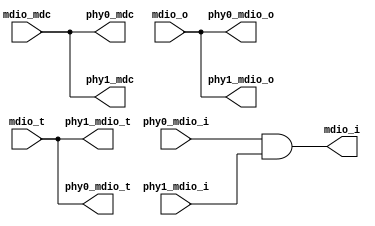
module mdio_1to2
    (input  wire mdio_mdc,
     input  wire mdio_o,
     input  wire mdio_t,
     output wire mdio_i,

     output wire phy0_mdc,
     output wire phy0_mdio_o,
     output wire phy0_mdio_t,
     input  wire phy0_mdio_i,

     output wire phy1_mdc,
     output wire phy1_mdio_o,
     output wire phy1_mdio_t,
     input  wire phy1_mdio_i
     );

    assign phy0_mdc    = mdio_mdc;
    assign phy0_mdio_t = mdio_t;
    assign phy0_mdio_o = mdio_o;

    assign phy1_mdc    = mdio_mdc;
    assign phy1_mdio_t = mdio_t;
    assign phy1_mdio_o = mdio_o;

    assign mdio_i      = phy0_mdio_i & phy1_mdio_i;

endmodule